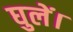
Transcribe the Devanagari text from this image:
घुलें।